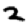
Digit: 2